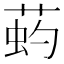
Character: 𦵈